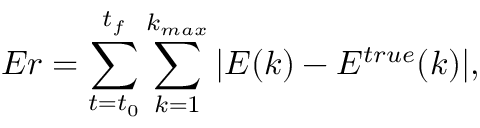
E r = \sum _ { t = t _ { 0 } } ^ { t _ { f } } \sum _ { k = 1 } ^ { k _ { m a x } } | E ( k ) - E ^ { t r u e } ( k ) | ,